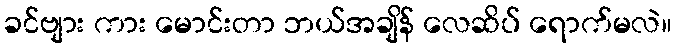
ခင်ဗျား ကား မောင်းတာ ဘယ်အချိန် လေဆိပ် ရောက်မလဲ။